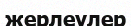
жерлеулер